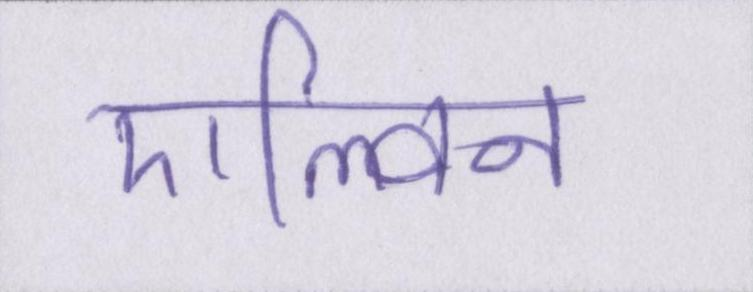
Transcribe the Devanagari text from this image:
एल्विन